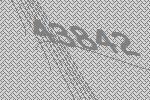
43842